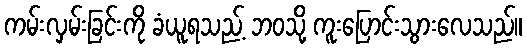
ကမ်းလှမ်းခြင်းကို ခံယူရသည့် ဘဝသို့ ကူးပြောင်းသွားလေသည်။